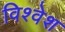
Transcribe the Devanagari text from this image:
विश्‍वेश